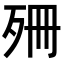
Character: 𣧱